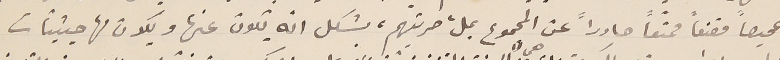
تمحيصاً مقنعاً ممتعاً صادراً عن المجموع بملء حريتهم، بشكل انه يكون عنها ويكون لها حيثيّات